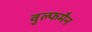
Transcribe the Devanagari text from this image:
वुल्फमैन